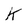
Character: K